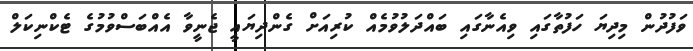
ވަފުދުން މިދިޔަ ހަފުތާގައި ވިއެނާގައި ބައްދަލުވުމެއް ކުރިއަށް ގެންދިޔައީ ޖެނީވާ އެއްބަސްވުމުގެ ޓެކްނިކަލް